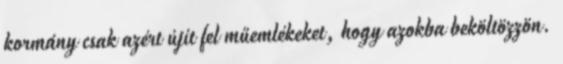
kormány csak azért újít fel műemlékeket, hogy azokba beköltözzön.